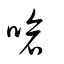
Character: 嗆